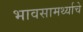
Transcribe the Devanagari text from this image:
भावसामर्थ्याचे